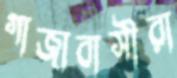
গাজাবাসীরা